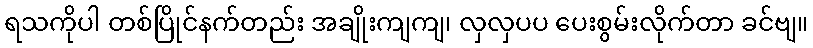
ရသကိုပါ တစ်ပြိုင်နက်တည်း အချိုးကျကျ၊ လှလှပပ ပေးစွမ်းလိုက်တာ ခင်ဗျ။